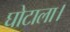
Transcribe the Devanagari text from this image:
घोटाला।